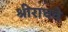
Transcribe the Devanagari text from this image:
श्रीराघवे